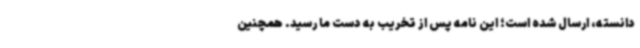
دانسته، ارسال شده است؛ این نامه پس از تخریب به دست ما رسید. همچنین